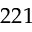
2 2 1